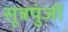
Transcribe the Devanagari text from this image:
सूत्रपुंजों